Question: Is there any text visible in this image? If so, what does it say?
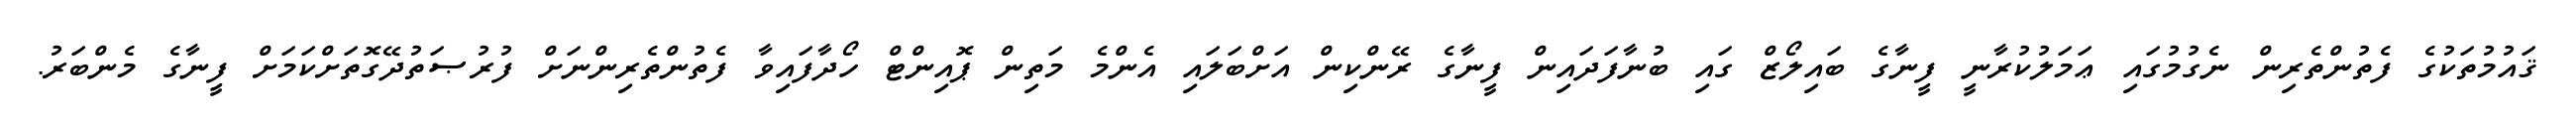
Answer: ޤައުމުތަކުގެ ފެތުންތެރިން ނެގުމުގައި ޢަމަލުކުރާނީ ފީނާގެ ބައިލޯޒް ގައި ބުނާފަދައިން ފީނާގެ ރޭންކިން އަށްބަލައި އެންމެ މަތިން ޕޮއިންޓް ހޯދާފައިވާ ފެތުންތެރިންނަށް ފުރުޞަތުދޭގޮތަށްކަމަށް ފީނާގެ މެންބަރު.